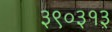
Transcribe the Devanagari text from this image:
३९०३१३